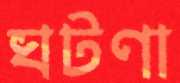
ঘটণা